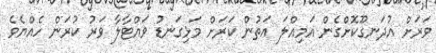
ވަރަށް އުދަނގޫކޮށްގެން އަމިއްލަ އަތުން ކަރަށް މަޅިގަނޑު ވައްޓާލާ ވަރު ކުރަން ހެއްޔެވެ